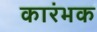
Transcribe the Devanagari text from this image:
कारंभक